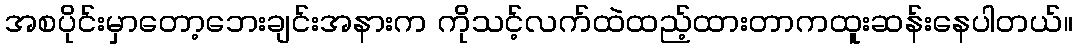
အစပိုင်းမှာတော့ဘေးချင်းအနားက ကိုသင့်လက်ထဲထည့်ထားတာကထူးဆန်းနေပါတယ်။